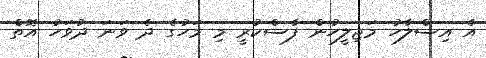
އެ އިސްލާހު މަޖިލީހުން ފާސްކުރީ މި މަހުގެ ދެ ވަނަ ދުވަހު އޮތް